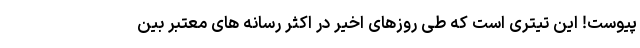
پیوست! این تیتری است که طی روزهای اخیر در اکثر رسانه های معتبر بین